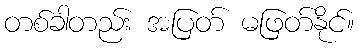
တစ်ခါတည်း အပြတ် မဖြတ်နိုင်။